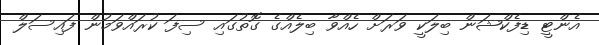
އެންޓީ ޑިފެކްޝަން ބިލަކީ ވަރަށް ހެއްވާ ބިލެއްގެ ގޮތުގައި ސިފަ ކުރައްވަމުން ފައިސަލް